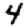
Digit: 4